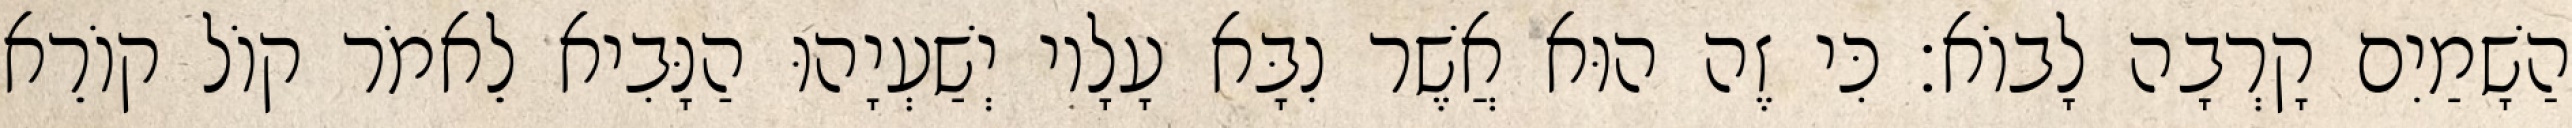
הַשָׁמַיִם קָרְבָה לָבוֹא׃ כִּי זֶה הוּא אֲשֶׁר נִבָּא עָלָיו יְשַׁעְיָהוּ הַנָּבִיא לֵאמֹר קוֹל קוֹרֵא